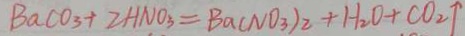
B a c o _ { 3 } + 2 H N O _ { 3 } = B a ( N O _ { 3 } ) _ { 2 } + H _ { 2 } + C O _ { 2 } \uparrow